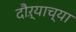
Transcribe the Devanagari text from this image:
दौऱ्याच्या